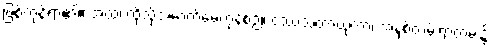
ဖြစ်ကုန်ရာ၏။ အထ၊ ထိုသို့အောက်မေ့ကုန်စဉ်။ ဝဿသတာယုကာ၊ အနှစ်တမ်းရာတမ်း၌